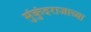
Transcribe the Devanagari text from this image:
मुंकुंदराजाच्या